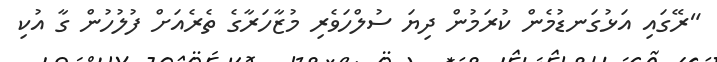
"ރޭގައި އަޅުގަނޑުމެން ކުރަމުން ދިޔަ ސުލްހަވެރި މުޒާހަރާގެ ތެރެއަށް ފުލުހުން ގާ އުކި